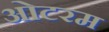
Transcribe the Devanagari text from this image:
ओटरम